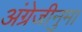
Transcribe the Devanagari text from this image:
अंग्रेजीनुमा